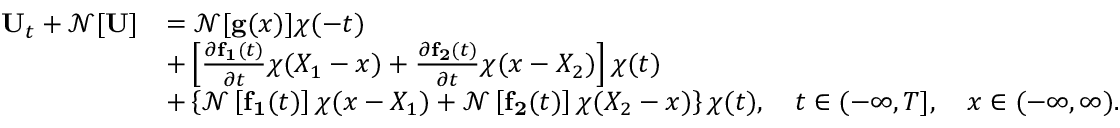
\begin{array} { r l } { { \bf U } _ { t } + \mathcal { N } [ { \bf U } ] } & { = \mathcal { N } [ { \bf g } ( { x } ) ] \chi ( - t ) } \\ & { + \left[ \frac { \partial { \bf f _ { 1 } } ( t ) } { \partial t } \chi ( X _ { 1 } - x ) + \frac { \partial { \bf f _ { 2 } } ( t ) } { \partial t } \chi ( x - X _ { 2 } ) \right] \chi ( t ) } \\ & { + \left\{ \mathcal { N } \left[ { \bf f _ { 1 } } ( t ) \right] \chi ( x - X _ { 1 } ) + \mathcal { N } \left[ { \bf f _ { 2 } } ( t ) \right] \chi ( X _ { 2 } - x ) \right\} \chi ( t ) , \quad t \in ( - \infty , T ] , \quad x \in ( - \infty , \infty ) . } \end{array}